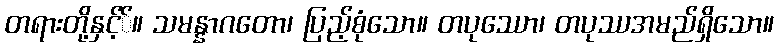
တရားတို့နှင့််။ သမန္နာဂတော၊ ပြည့်စုံသော။ တပုဿော၊ တပုဿအမည်ရှိသော။